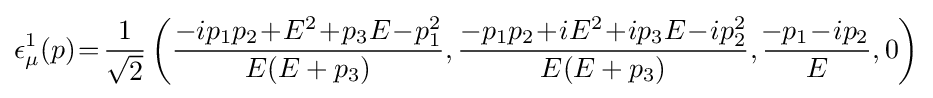
\epsilon _{\mu }^{1}(p)\!=\!{1 \over {\sqrt {2}}}\left({{-ip_{1}p_{2}\!+\!E^{2}\!+\!p_{3}E\!-\!p_{1}^{2}} \over {E(E+p_{3})}},{{-p_{1}p_{2}\!+\!iE^{2}\!+\!ip_{3}E\!-\!ip_{2}^{2}} \over {E(E+p_{3})}},{{\!-p_{1}\!-\!ip_{2}} \over E},0\right)